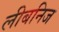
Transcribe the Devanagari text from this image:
लीबनिज